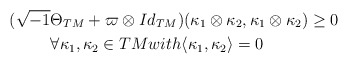
\begin{align*}(\sqrt{-1}&\Theta_{TM}+\varpi \otimes Id_{TM})(\kappa_1 \otimes \kappa_2,\kappa_1\otimes \kappa_2)\ge 0 \\&\forall \kappa_1,\kappa_2 \in TM with \langle \kappa_1,\kappa_2\rangle=0\end{align*}